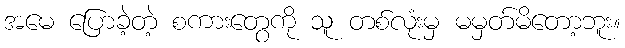
အမေ ပြောခဲ့တဲ့ စကားတွေကို သူ တစ်လုံးမှ မမှတ်မိတော့ဘူး။